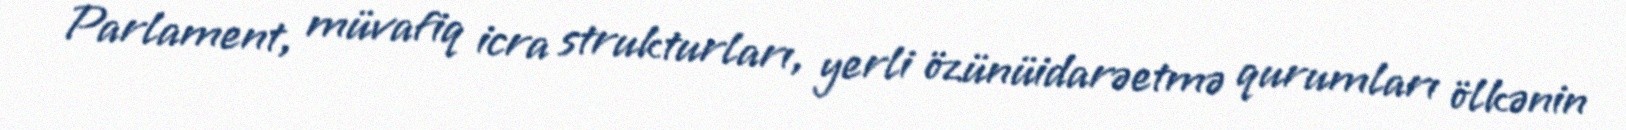
Parlament, müvafiq icra strukturları, yerli özünüidarəetmə qurumları ölkənin